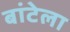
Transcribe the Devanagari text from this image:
बांटेला